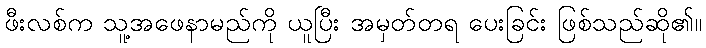
ဖီးလစ်က သူ့အဖေနာမည်ကို ယူပြီး အမှတ်တရ ပေးခြင်း ဖြစ်သည်ဆို၏။